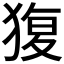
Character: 𤟱